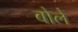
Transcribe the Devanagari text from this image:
बोलेे